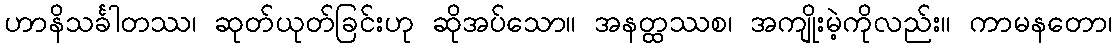
ဟာနိသင်္ခါတဿ၊ ဆုတ်ယုတ်ခြင်းဟု ဆိုအပ်သော။ အနတ္ထဿစ၊ အကျိုးမဲ့ကိုလည်း။ ကာမနတော၊